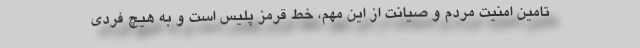
تامین امنیت مردم و صیانت از این مهم، خط قرمز پلیس است و به هیچ فردی